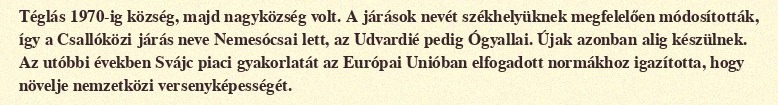
Téglás 1970-ig község, majd nagyközség volt. A járások nevét székhelyüknek megfelelően módosították, így a Csallóközi járás neve Nemesócsai lett, az Udvardié pedig Ógyallai. Újak azonban alig készülnek. Az utóbbi években Svájc piaci gyakorlatát az Európai Unióban elfogadott normákhoz igazította, hogy növelje nemzetközi versenyképességét.